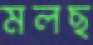
মলছ